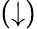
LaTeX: (\downarrow)